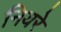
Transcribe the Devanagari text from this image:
नियरे